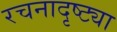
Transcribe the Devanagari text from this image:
रचनादृष्ट्या